Bombay plague: being a history of the progress of plague in the Bombay presidency from September 1896 to June 1899
Year: 1896
Disease focus: Plague
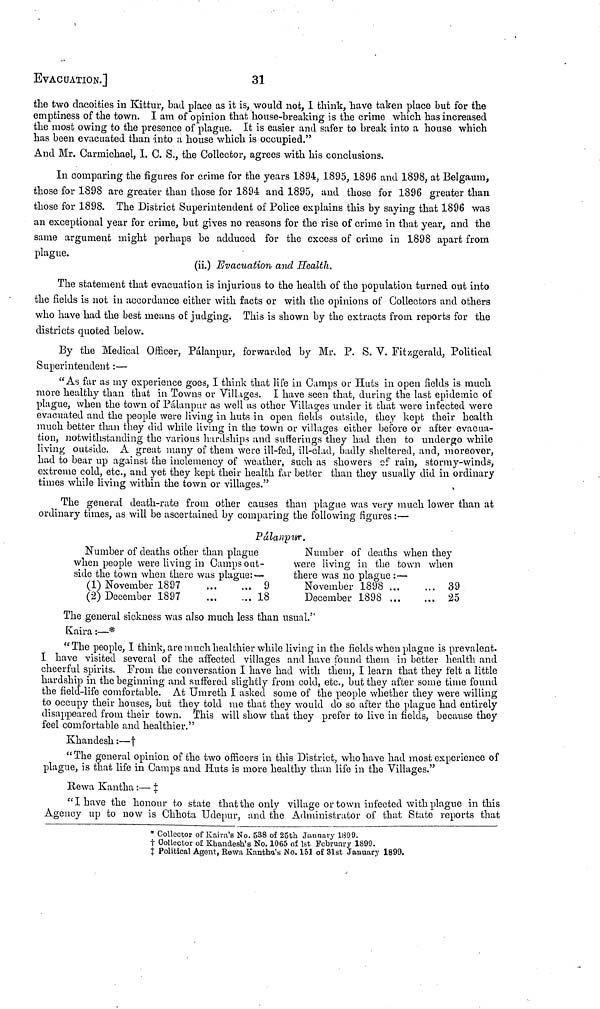
EVACUATION.]
31
the two dacoities in Kittur, bad place as it is, would not, I think, have taken place but for the
emptiness of the town. I am of opinion that house-breaking is the crime which has increased
the most owing to the presence of plague. It is easier and safer to break into a house which
has been evacuated than into a house which is occupied."
And Mr. Carmichael, I. C. S., the Collector, agrees with his conclusions.
In comparing the figures for crime for the years 1894, 1895, 1896 and 1898, at Belgaum,
those for 1898 are greater than those for 1894 and 1895, and those for 1896 greater than
those for 1898. The District Superintendent of Police explains this by saying that 1896 was
an exceptional year for crime, but gives no reasons for the rise of crime in that year, and the
same argument might perhaps be adduced for the excess of crime in 1898 apart from
plague.
(ii.) Evacuation and Health.
The statement that evacuation is injurious to the health of the population turned out into
the fields is not in accordance either with facts or with the opinions of Collectors and others
who have had the best means of judging. This is shown by the extracts from reports for the
districts quoted below.
By the Medical Officer, Pálanpur, forwarded by Mr. P. S. V. Fitzgerald, Political
Superintendent :—
"As far as my experience goes, I think that life in Camps or Huts in open fields is much
more healthy than that in Towns or Villages. I have seen that, during the last epidemic of
plague, when the town of Pálanpur as well as other Villages under it that were infected were
evacuated and the people were living in huts in open fields outside, they kept their health
much better than they did while living in the town or villages either before or after evacua-
tion, notwithstanding the various hardships and sufferings they had then to undergo while
living outside. A great many of them were ill-fed, ill-clad, badly sheltered, and, moreover,
had to bear up against the inclemency of weather, such as showers of rain, stormy-winds,
extreme cold, etc., and yet they kept their health far better than they usually did in ordinary
times while living within the town or villages."
The general death-rate from other causes than plague was very much lower than at
ordinary times, as will be ascertained by comparing the following figures :—
Pálanpur.
Number of deaths other than plague
Number of deaths when they
when people were living in Camps out-
were living in the town when
side the town when there was plague:—
there was no plague :—
(1) November 1897
9
November 1898
39
(2) December 1897
18
December 1898
25
The general sickness was also much less than usual."
Kaira :—*
" The people, I think, are much healthier while living in the fields when plague is prevalent.
I have visited several of the affected villages and have found them in better health and
cheerful spirits. From the conversation I have had with them, I learn that they felt a little
hardship in the beginning and suffered slightly from cold, etc., but they after some time found
the field-life comfortable. At Umreth I asked some of the people whether they were willing
to occupy their houses, but they told me that they would do so after the plague had entirely
disappeared from their town. This will show that they prefer to live in fields, because they
feel comfortable and healthier."
Khandesh :—†
"The general opinion of the two officers in this District, who have had most experience of
plague, is that life in Gamps and Huts is more healthy than life in the Villages."
Rewa Kantha :— ‡
"I have the honour to state that the only village or town infected with plague in this
Agency up to now is Chhota Udepur, and the Administrator of that State reports that
* Collector of Kaira's No. 538 of 25th January 1899.
† Collector of Khandesh's No. 1065 of 1st February 1899.
‡ Political Agent, Rewa Kantha's No. 151 of 31st January 1899.